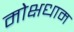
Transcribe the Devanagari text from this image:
मोक्षधाम